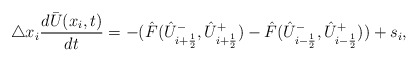
\begin{align*} \triangle x_i \frac{d\bar{U}(x_i,t)}{dt} = -(\hat{F}(\hat U_{i+\frac12}^-,\hat U_{i+\frac12}^+) -\hat{F}(\hat U_{i-\frac12}^-,\hat U_{i-\frac12}^+)) +s_i,\end{align*}